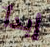
إبدأ